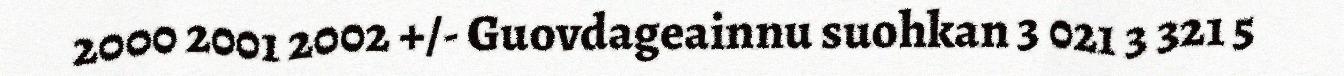
2000 2001 2002 +/- Guovdageainnu suohkan 3 021 3 321 5